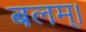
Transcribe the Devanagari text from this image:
बलम्।